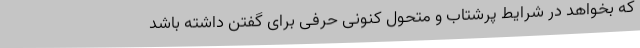
که بخواهد در شرایط پرشتاب و متحول کنونی حرفی برای گفتن داشته باشد